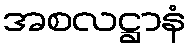
အစလဋ္ဌာနံ